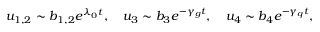
u _ { 1 , 2 } \sim b _ { 1 , 2 } e ^ { \lambda _ { 0 } t } , \quad u _ { 3 } \sim b _ { 3 } e ^ { - \gamma _ { g } t } , \quad u _ { 4 } \sim b _ { 4 } e ^ { - \gamma _ { q } t } ,